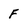
Character: F